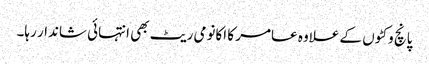
پانچ وکٹوں کے علاوہ عامر کا اکانومی ریٹ بھی انتہائی شاندار رہا۔